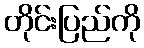
တိုင်းပြည်ကို